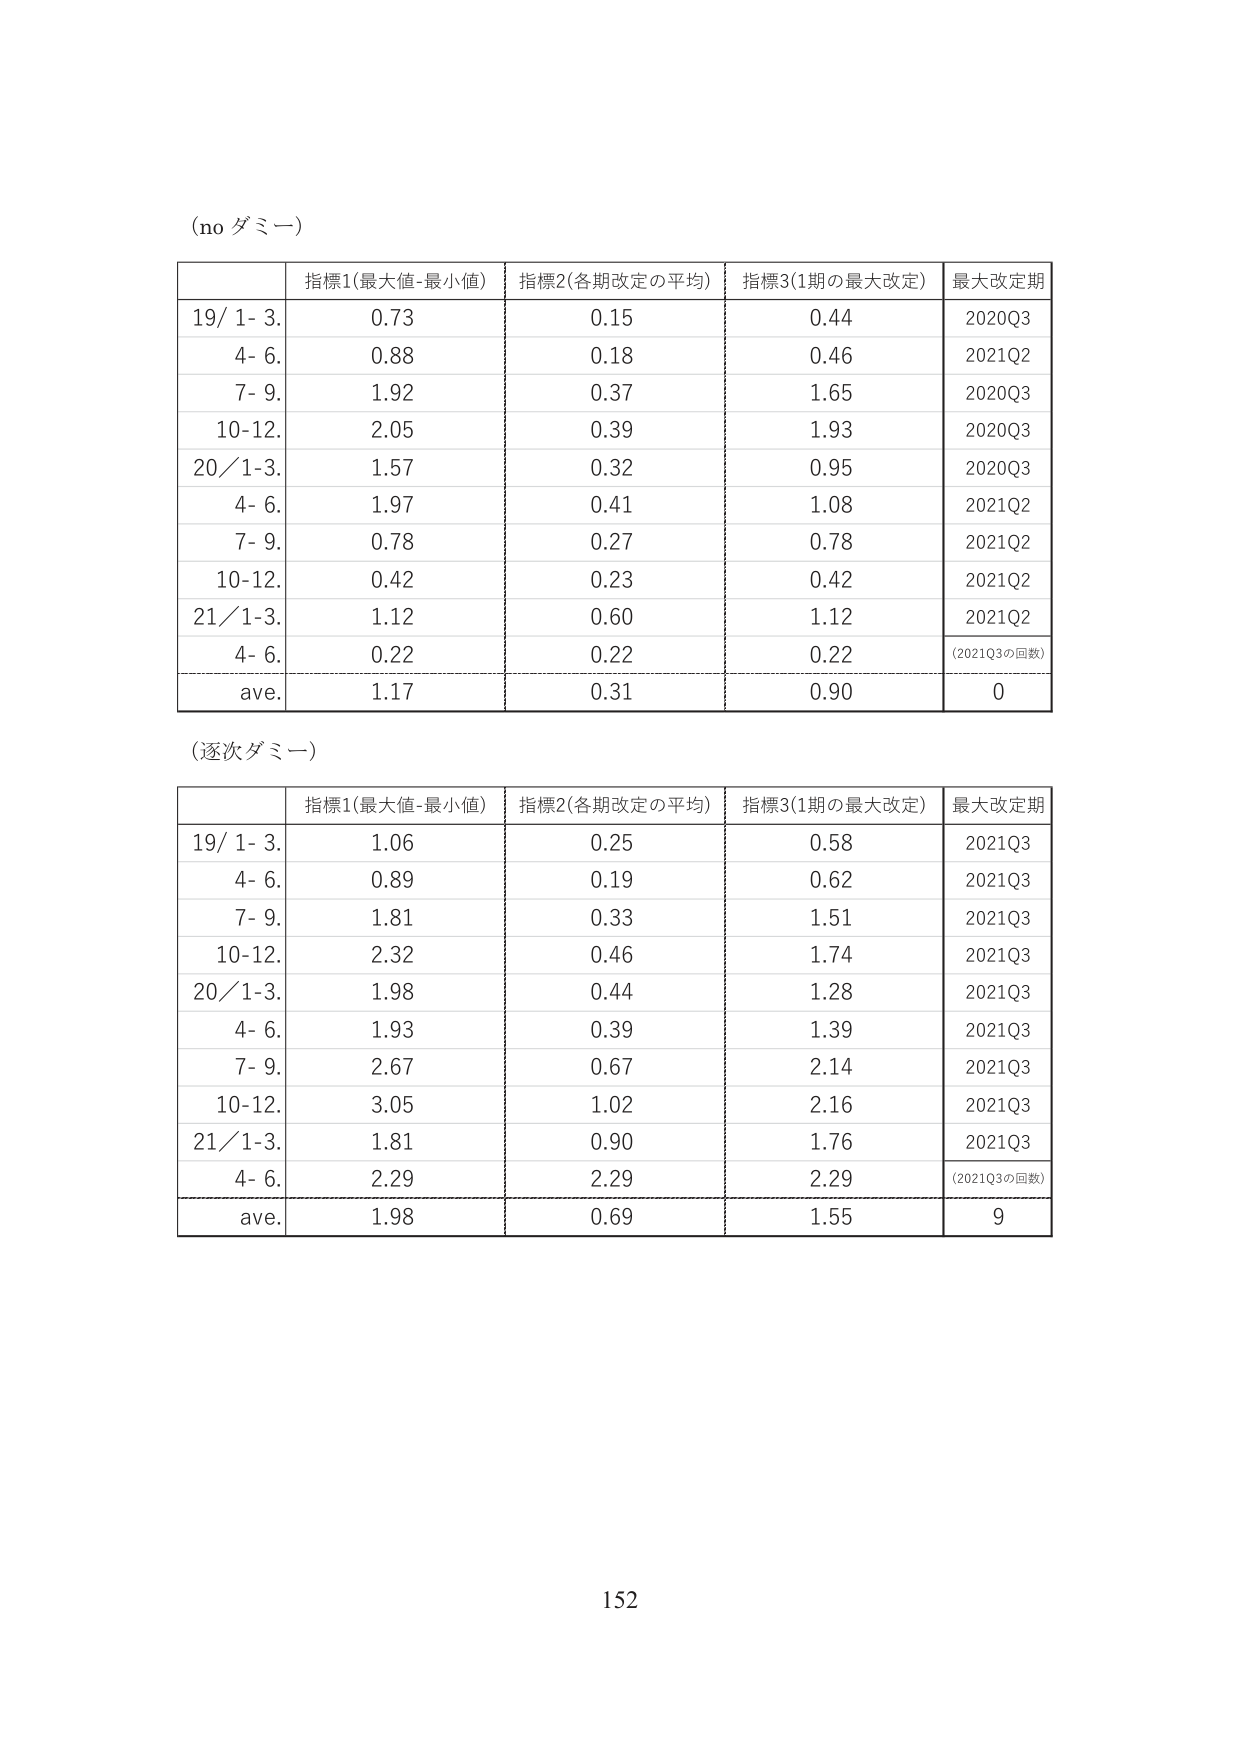
(no ダミー)

| | 指標1(最大値-最小値) | 指標2(各期改定の平均) | 指標3(1期の最大改定) | 最大改定期 |
|---|---|---|---|---|
| 19/ 1- 3. | 0.73 | 0.15 | 0.44 | 2020Q3 |
| 4- 6. | 0.88 | 0.18 | 0.46 | 2021Q2 |
| 7- 9. | 1.92 | 0.37 | 1.65 | 2020Q3 |
| 10-12. | 2.05 | 0.39 | 1.93 | 2020Q3 |
| 20/ 1-3. | 1.57 | 0.32 | 0.95 | 2020Q3 |
| 4- 6. | 1.97 | 0.41 | 1.08 | 2021Q2 |
| 7- 9. | 0.78 | 0.27 | 0.78 | 2021Q2 |
| 10-12. | 0.42 | 0.23 | 0.42 | 2021Q2 |
| 21/ 1-3. | 1.12 | 0.60 | 1.12 | 2021Q2 |
| 4- 6. | 0.22 | 0.22 | 0.22 | (2021Q3の回数) |
| ave. | 1.17 | 0.31 | 0.90 | 0 |

(逐次ダミー)

| | 指標1(最大値-最小値) | 指標2(各期改定の平均) | 指標3(1期の最大改定) | 最大改定期 |
|---|---|---|---|---|
| 19/ 1- 3. | 1.06 | 0.25 | 0.58 | 2021Q3 |
| 4- 6. | 0.89 | 0.19 | 0.62 | 2021Q3 |
| 7- 9. | 1.81 | 0.33 | 1.51 | 2021Q3 |
| 10-12. | 2.32 | 0.46 | 1.74 | 2021Q3 |
| 20/ 1-3. | 1.98 | 0.44 | 1.28 | 2021Q3 |
| 4- 6. | 1.93 | 0.39 | 1.39 | 2021Q3 |
| 7- 9. | 2.67 | 0.67 | 2.14 | 2021Q3 |
| 10-12. | 3.05 | 1.02 | 2.16 | 2021Q3 |
| 21/ 1-3. | 1.81 | 0.90 | 1.76 | 2021Q3 |
| 4- 6. | 2.29 | 2.29 | 2.29 | (2021Q3の回数) |
| ave. | 1.98 | 0.69 | 1.55 | 9 |

152